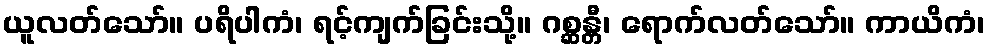
ယူလတ်သော်။ ပရိပါကံ၊ ရင့်ကျက်ခြင်းသို့။ ဂစ္ဆန္တီ၊ ရောက်လတ်သော်။ ကာယိကံ၊